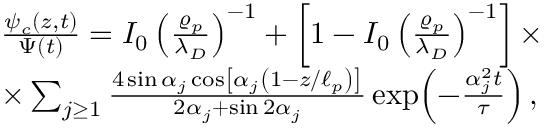
\begin{array} { r l } & { \frac { \psi _ { c } ( z , t ) } { \Psi ( t ) } = I _ { 0 } \left( \frac { \varrho _ { p } } { \lambda _ { D } } \right) ^ { - 1 } + \left[ 1 - I _ { 0 } \left( \frac { \varrho _ { p } } { \lambda _ { D } } \right) ^ { - 1 } \right] \times } \\ & { \times \sum _ { j \ge 1 } \frac { 4 \sin \alpha _ { j } \cos \left[ \alpha _ { j } \left( 1 - z / \ell _ { p } \right) \right] } { 2 \alpha _ { j } + \sin 2 \alpha _ { j } } \exp { \! \left( - \frac { \alpha _ { j } ^ { 2 } t } { \tau } \right) } \, , } \end{array}